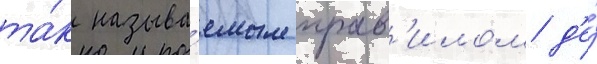
та́к называ́емым прав'илом д'е́